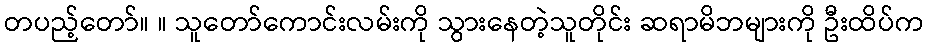
တပည့်တော်။ ။ သူတော်ကောင်းလမ်းကို သွားနေတဲ့သူတိုင်း ဆရာမိဘများကို ဦးထိပ်က